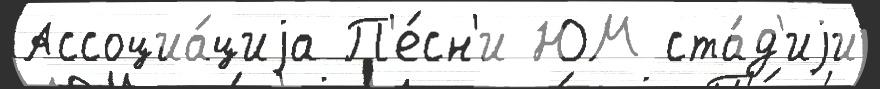
Ассоциа́циjа П'е́сн'и ЮМ ста́д'иjи